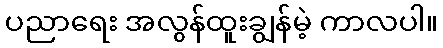
ပညာရေး အလွန်ထူးချွန်မဲ့ ကာလပါ။